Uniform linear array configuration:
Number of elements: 24
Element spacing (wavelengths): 0.75
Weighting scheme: blackman
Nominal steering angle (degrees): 30
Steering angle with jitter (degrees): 28.666
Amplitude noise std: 0.05
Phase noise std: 0.05

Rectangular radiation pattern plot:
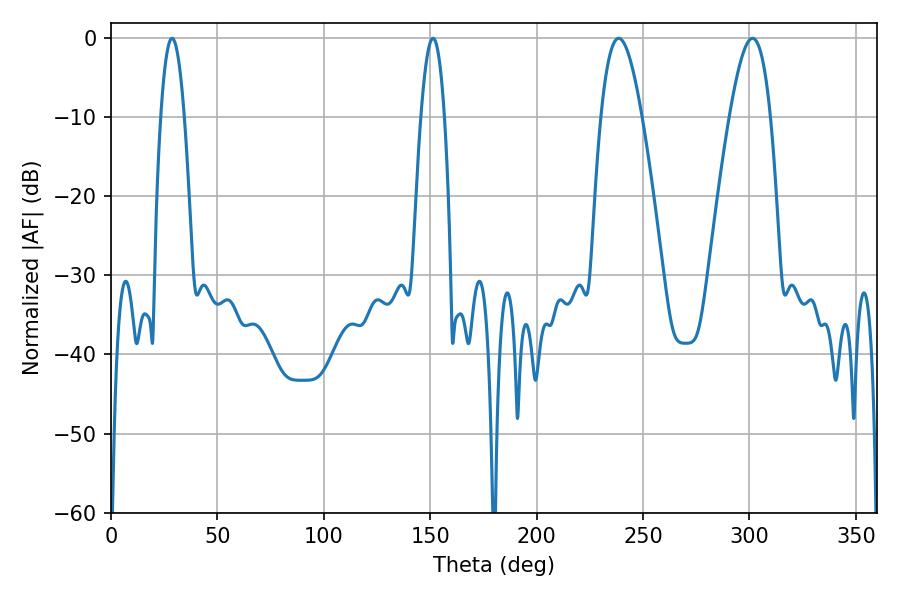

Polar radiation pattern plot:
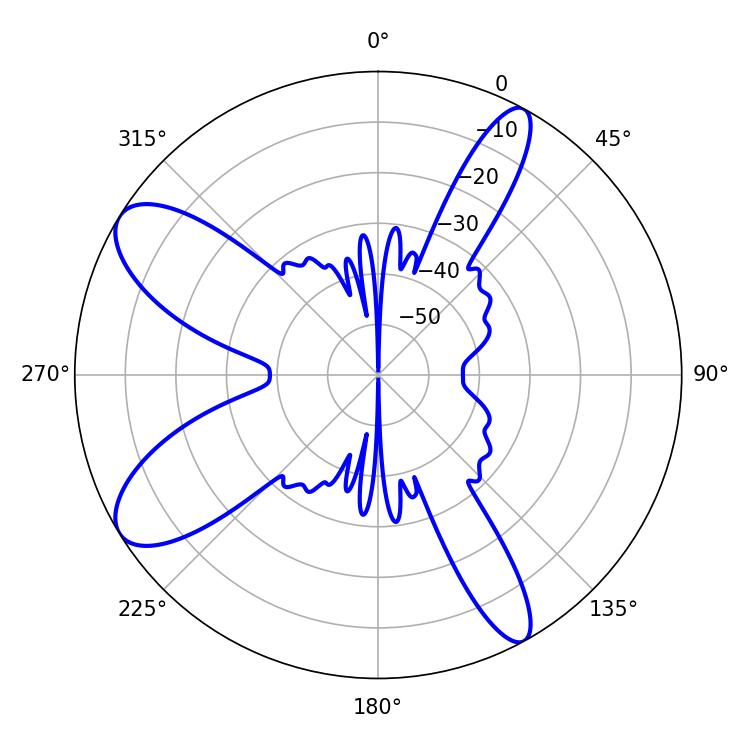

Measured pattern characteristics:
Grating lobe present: TRUE
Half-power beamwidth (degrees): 10.26
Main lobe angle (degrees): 238.5